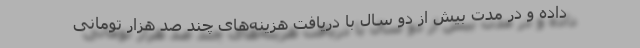
داده و در مدت بیش از دو سال با دریافت هزینه‌های چند صد هزار تومانی